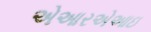
એઆરએઆઇ